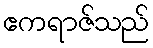
ဧကရာဇ်သည်